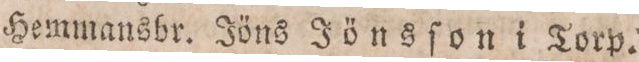
Hemmansbr. Iöns Iönsſom i Torp.